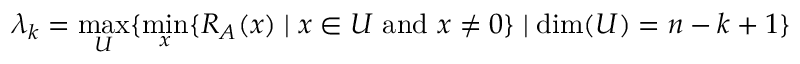
\lambda _ { k } = \operatorname* { m a x } _ { U } \{ \operatorname* { m i n } _ { x } \{ R _ { A } ( x ) \mid x \in U { \mathrm { ~ a n d ~ } } x \neq 0 \} \mid \dim ( U ) = n - k + 1 \}